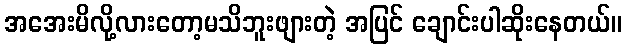
အအေးမိလို့လားတော့မသိဘူးဖျားတဲ့ အပြင် ချောင်းပါဆိုးနေတယ်။